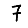
Digit: 7